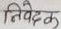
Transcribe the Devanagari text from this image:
निवेदक